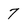
Character: 7